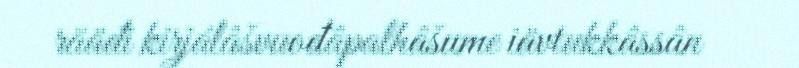
rääđi kirjálâšvuođâpalhâšume iävtukkâssân